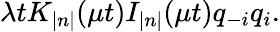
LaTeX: \lambda tK_{\left|n\right|}(\mu t)I_{\left|n\right|}(\mu t)q_{-i}q_{i}.